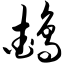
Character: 鹉